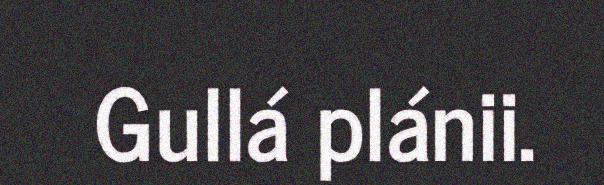
Gullá plánii.